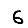
Digit: 6